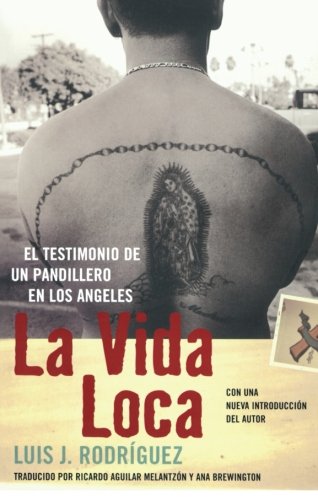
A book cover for La Vida Loca: El Testimonio de un Pandillero en Los Angeles (Spanish Edition); Luis J. Rodriguez; Biographies & Memoirs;